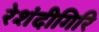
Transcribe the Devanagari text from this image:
रेशंदीगिरि